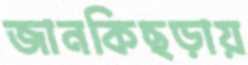
জানকিছড়ায়